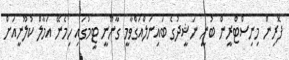
ފޮރިން މިނިސްޓްރީން ބުނީ ނަޝީދުގެ ބައިނަލްއަގްވާމީ ގާނޫނީ ޓީމުގައި ހިމެނޭ އަމާލް ކުލޫނީއަށް